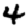
Digit: 4